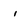
Character: i